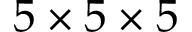
5 \times 5 \times 5